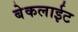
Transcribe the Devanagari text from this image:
बेकलाईट